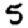
Digit: 5